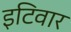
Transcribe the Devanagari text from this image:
इटिवार